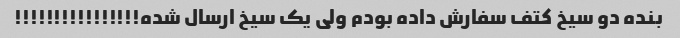
بنده دو سیخ کتف سفارش داده بودم ولی یک سیخ ارسال شده!!!!!!!!!!!!!!!!